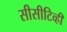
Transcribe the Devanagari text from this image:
सीसीटिव्ही